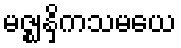
မဇ္ဈနှိကသမယေ